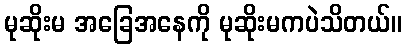
မုဆိုးမ အခြေအနေကို မုဆိုးမကပဲသိတယ်။